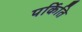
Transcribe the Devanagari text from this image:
पर्किति